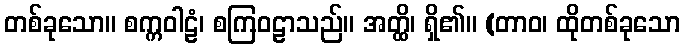
တစ်ခုသော။ စက္ကဝါဠံ၊ စကြဝဠာသည်။ အတ္ထိ၊ ရှိ၏။ (တာဝ၊ ထိုတစ်ခုသော